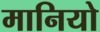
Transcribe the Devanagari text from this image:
मानियो